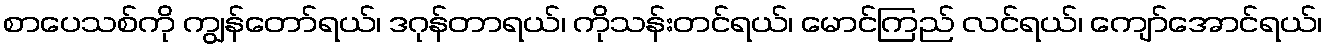
စာပေသစ်ကို ကျွန်တော်ရယ်၊ ဒဂုန်တာရယ်၊ ကိုသန်းတင်ရယ်၊ မောင်ကြည် လင်ရယ်၊ ကျော်အောင်ရယ်၊